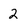
Character: 2